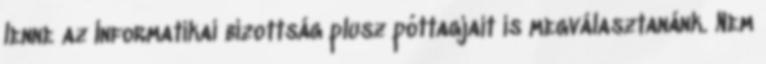
lenne az Informatikai bizottság plusz póttagjait is megválasztanánk. Nem